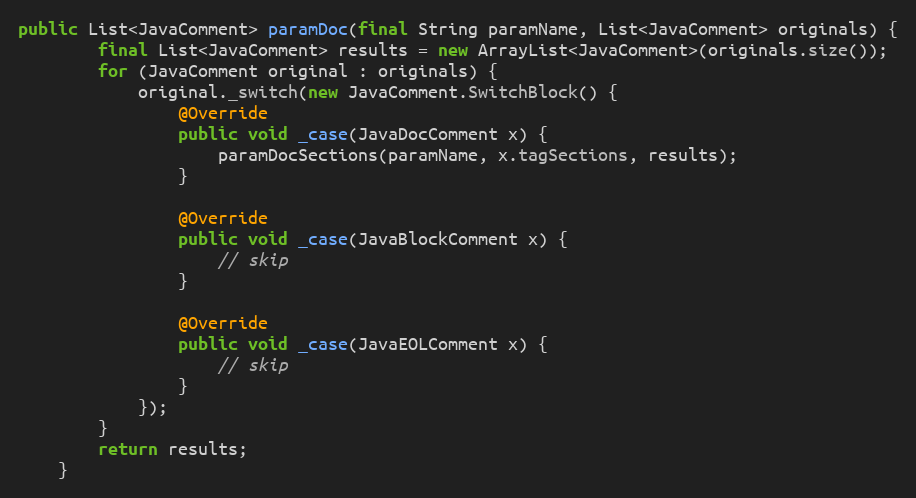
Language: Java
public List<JavaComment> paramDoc(final String paramName, List<JavaComment> originals) {
        final List<JavaComment> results = new ArrayList<JavaComment>(originals.size());
        for (JavaComment original : originals) {
            original._switch(new JavaComment.SwitchBlock() {
                @Override
                public void _case(JavaDocComment x) {
                    paramDocSections(paramName, x.tagSections, results);
                }

                @Override
                public void _case(JavaBlockComment x) {
                    // skip
                }

                @Override
                public void _case(JavaEOLComment x) {
                    // skip
                }
            });
        }
        return results;
    }